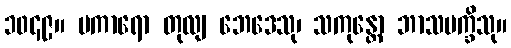
၁၀၄၉။ ပကာရော တုလျ ဘေဒေသု၊ သကုန္တော ဘာသပက္ခိသု။